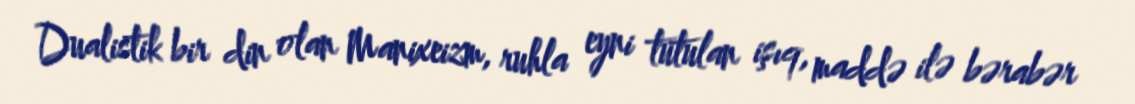
Dualistik bir din olan Manixeizm, ruhla eyni tutulan işıq, maddə ilə bərabər